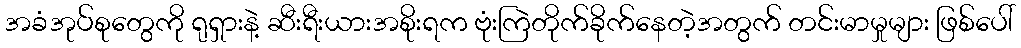
အခံအုပ်စုတွေကို ရုရှားနဲ့ ဆီးရီးယားအစိုးရက ဗုံးကြဲတိုက်ခိုက်နေတဲ့အတွက် တင်းမာမှုများ ဖြစ်ပေါ်